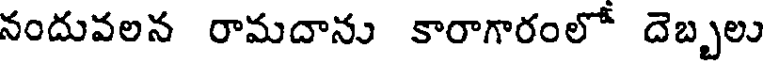
నందువలన రామదాను కారాగారంలో దెబ్బలు